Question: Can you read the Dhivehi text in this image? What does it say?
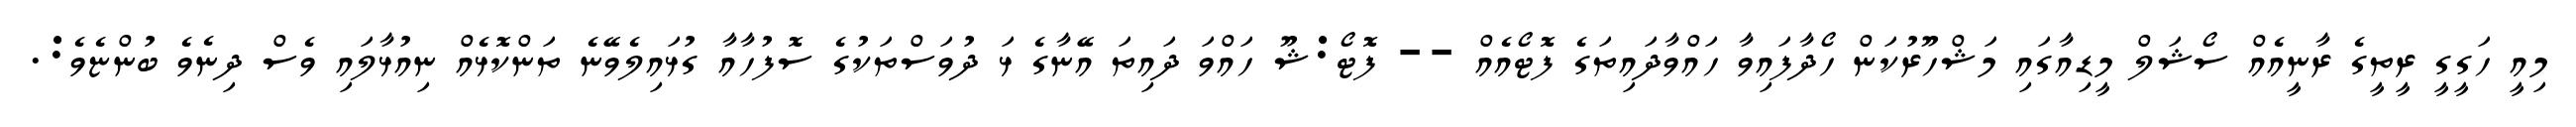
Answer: މިއީ ހަގީގީ ރީތީގެ ރާނީއެއް ސޯޝަލް މީޑިއާގައި މަޝްހޫރުކަން ހޯދާފައިވާ ހައްވާދައިތަގެ ފޮޓޯއެއް -- ފޮޓޯ:ޝޫ ހައްވަ ދައިތަ އޭނާގެ ޅަ ދުވަސްތަކުގެ ސޮފުހާއާ ގުޅައިލެވޭނެ ތަންކޮޅެއް ނިއުޅާލައި ވެސް ދިނެވެ ބުންޏެވެ:.